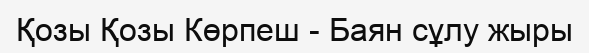
Қозы Қозы Көрпеш - Баян сұлу жыры